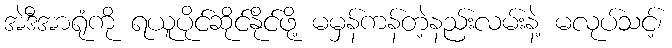
အဲဒီအာရုံကို ရယူပိုင်ဆိုင်နိုင်ဖို့ မမှန်ကန်တဲ့နည်းလမ်းနဲ့ မလုပ်သင့်၊